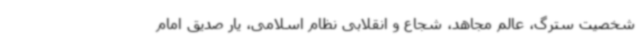
شخصیت سترگ، عالم مجاهد، شجاع و انقلابی نظام اسلامی، یار صدیق امام